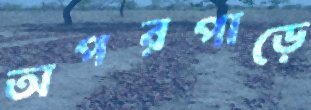
অপরপাড়ে